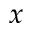
x